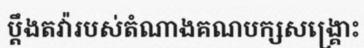
ប្តឹងតវ៉ារបស់តំណាងគណបក្សសង្គ្រោះ